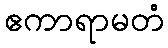
ဧကာရာမတံ